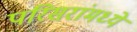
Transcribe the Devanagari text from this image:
परिसरांमध्ये